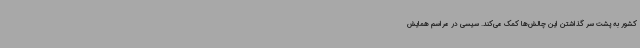
کشور به پشت سر گذاشتن این چالش‌ها کمک می‌کند. سیسی در مراسم همایش